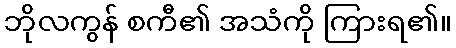
ဘိုလကွန် စကီ၏ အသံကို ကြားရ၏။